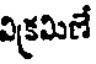
విక్రమిణే